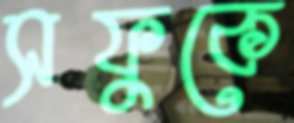
সফুকে